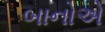
બાનોએ